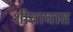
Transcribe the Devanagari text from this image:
शीताघात